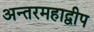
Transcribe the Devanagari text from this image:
अन्तरमहाद्वीप